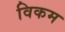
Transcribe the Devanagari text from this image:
विकम